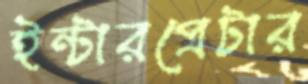
ইন্টারপ্রেটার